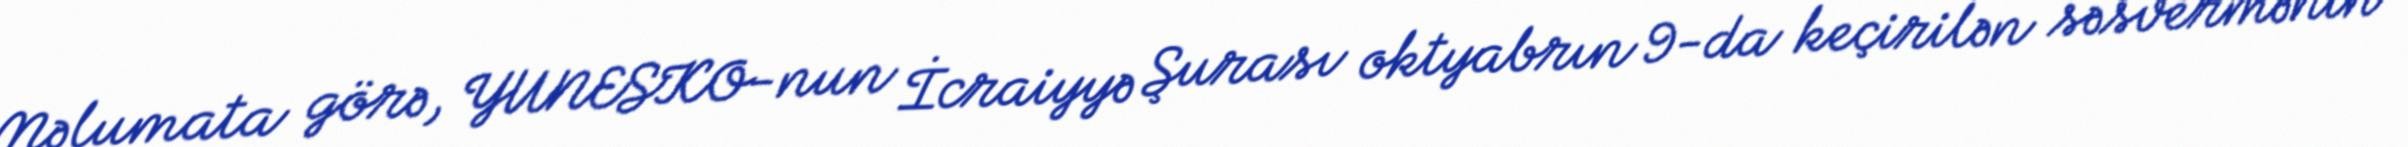
Məlumata görə, YUNESKO-nun İcraiyyə Şurası oktyabrın 9-da keçirilən səsvermənin